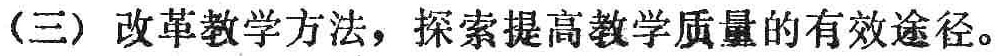
(三) 改革教学方法，探索提高教学质量的有效途径。